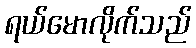
ရယ်မောလိုက်သည်